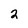
Character: 2